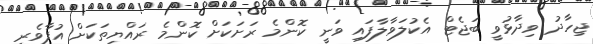
ޖިހާދު ވިދާޅުވީ ބަޖެޓް އެކުލަވާލާފައި ވަނީ ކޮންމެ ރަށަކަށް ކޮންމެ ރައްޔިތަކަށް އުފާވެރި